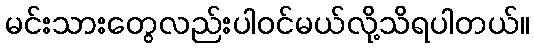
မင်းသားတွေလည်းပါဝင်မယ်လို့သိရပါတယ်။